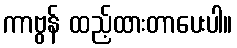
ကာဗွန် ထည့်ထားတာပေးပါ။